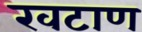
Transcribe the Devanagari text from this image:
खटाण